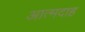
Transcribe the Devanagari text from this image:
आत्‍मदाह